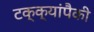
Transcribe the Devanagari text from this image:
टक्क्यांपैकी